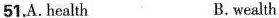
51.A. health B.wealth